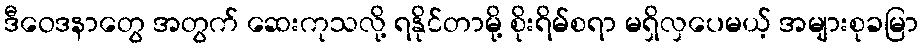
ဒီဝေဒနာတွေ အတွက် ဆေးကုသလို့ ရနိုင်တာမို့ စိုးရိမ်စရာ မရှိလှပေမယ့် အများစုခမြာ